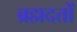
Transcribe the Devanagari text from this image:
ब्रह्मदत्तों